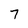
Character: 7